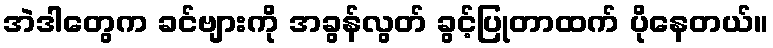
အဲဒါတွေက ခင်ဗျားကို အခွန်လွတ် ခွင့်ပြုတာထက် ပိုနေတယ်။